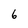
Character: 6